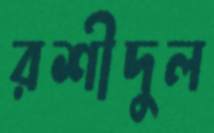
রশীদুল